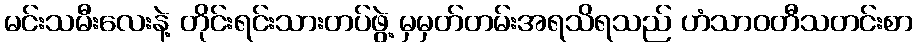
မင်းသမီးလေးနဲ့ တိုင်းရင်းသားတပ်ဖွဲ့ မှမှတ်တမ်းအရသိရသည် ဟံသာဝတီသတင်းစာ